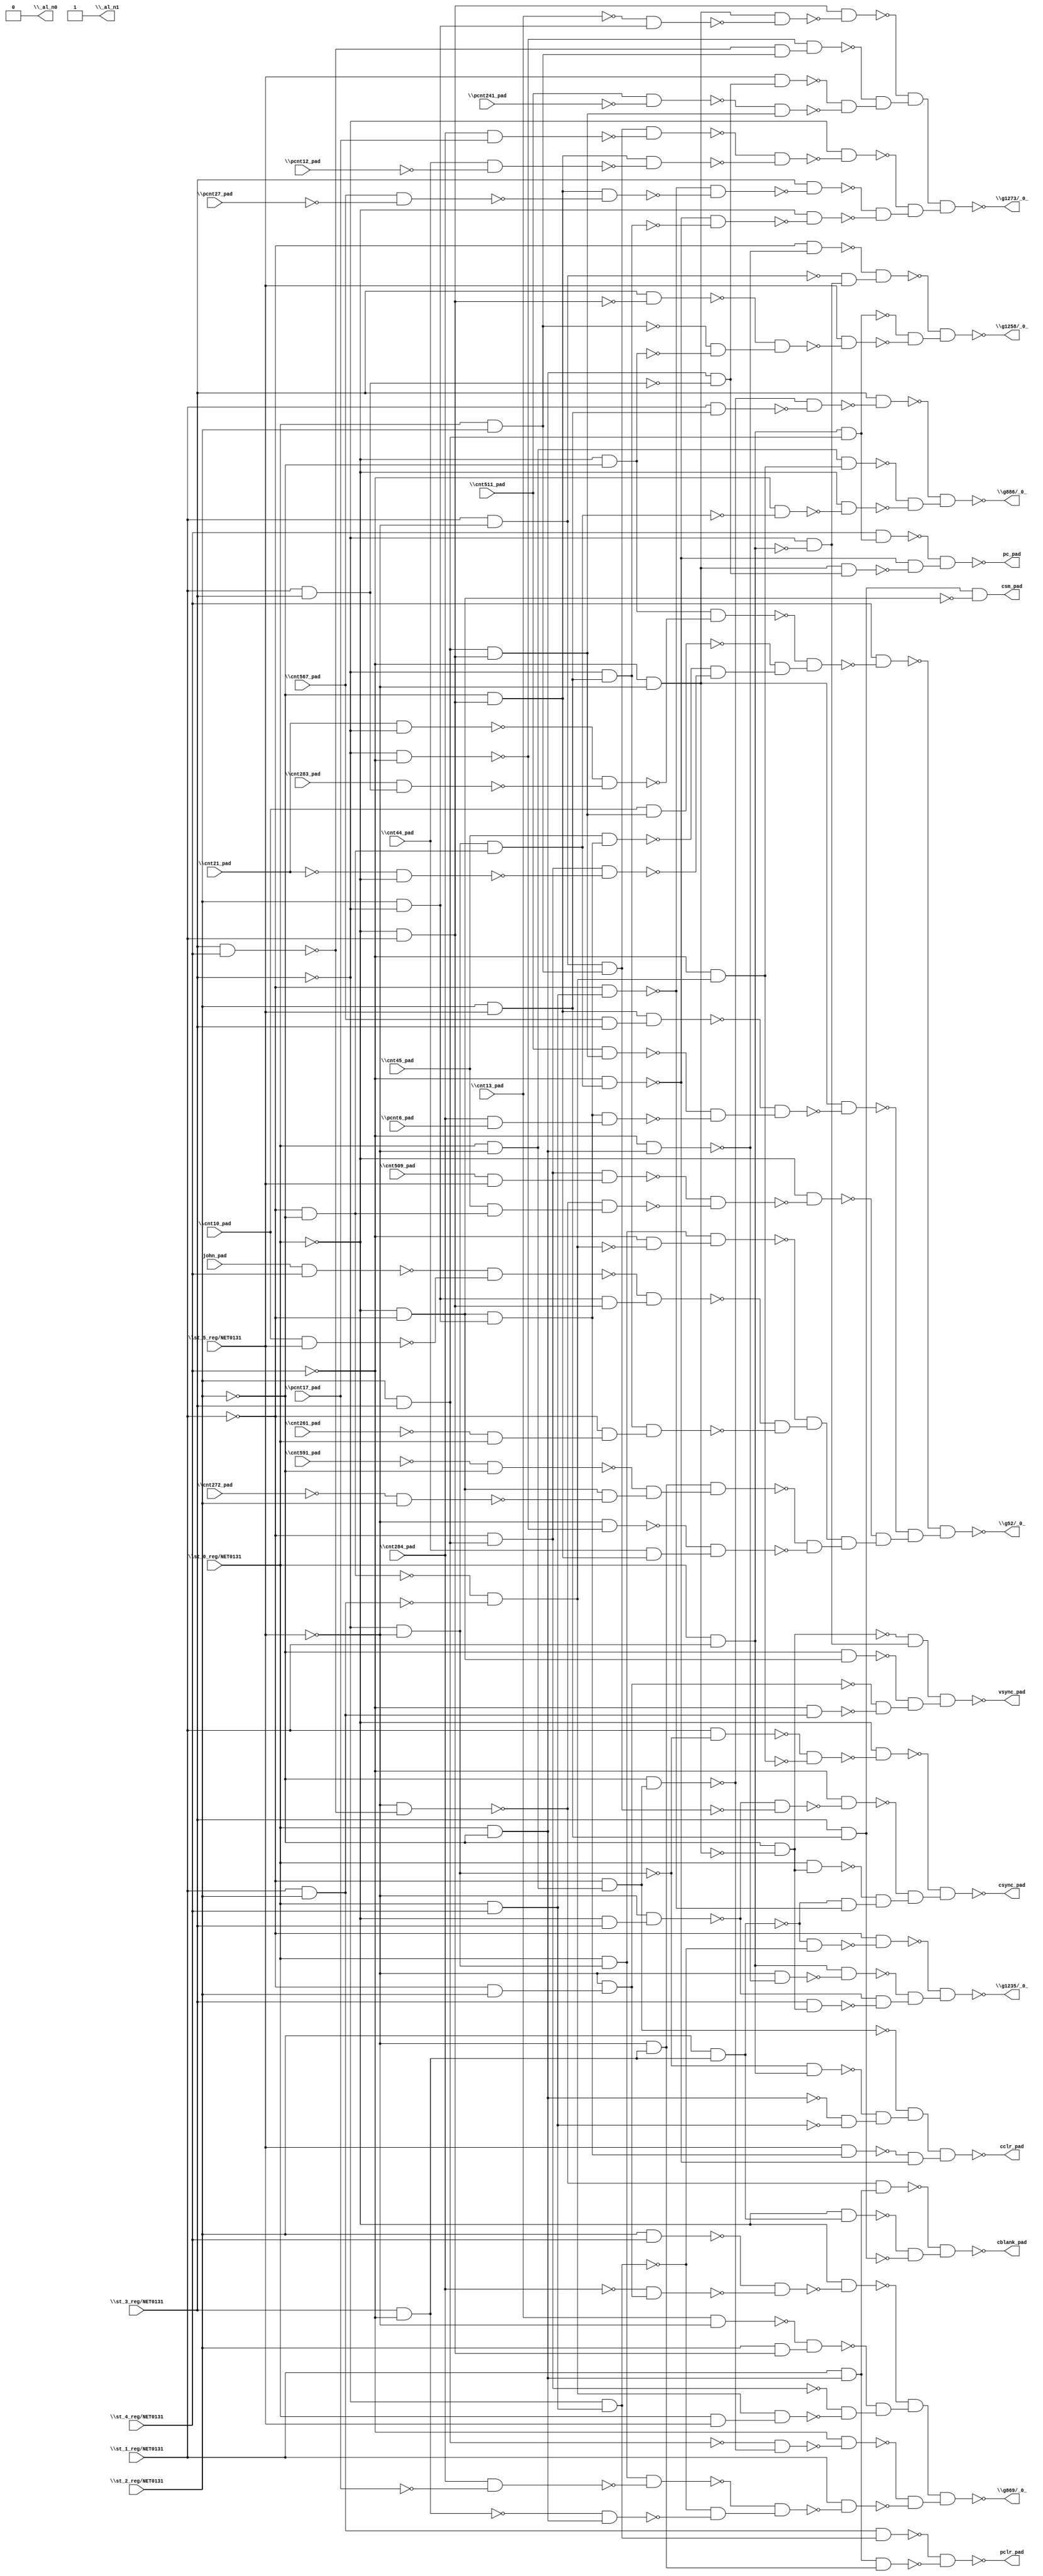
module top( \cnt10_pad  , \cnt13_pad  , \cnt21_pad  , \cnt261_pad  , \cnt272_pad  , \cnt283_pad  , \cnt284_pad  , \cnt44_pad  , \cnt45_pad  , \cnt509_pad  , \cnt511_pad  , \cnt567_pad  , \cnt591_pad  , john_pad , \pcnt12_pad  , \pcnt17_pad  , \pcnt241_pad  , \pcnt27_pad  , \pcnt6_pad  , \st_0_reg/NET0131  , \st_1_reg/NET0131  , \st_2_reg/NET0131  , \st_3_reg/NET0131  , \st_4_reg/NET0131  , \st_5_reg/NET0131  , \_al_n0  , \_al_n1  , cblank_pad , cclr_pad , csm_pad , csync_pad , \g1235/_0_  , \g1258/_0_  , \g1273/_0_  , \g52/_0_  , \g869/_0_  , \g886/_0_  , pc_pad , pclr_pad , vsync_pad );
  input \cnt10_pad  ;
  input \cnt13_pad  ;
  input \cnt21_pad  ;
  input \cnt261_pad  ;
  input \cnt272_pad  ;
  input \cnt283_pad  ;
  input \cnt284_pad  ;
  input \cnt44_pad  ;
  input \cnt45_pad  ;
  input \cnt509_pad  ;
  input \cnt511_pad  ;
  input \cnt567_pad  ;
  input \cnt591_pad  ;
  input john_pad ;
  input \pcnt12_pad  ;
  input \pcnt17_pad  ;
  input \pcnt241_pad  ;
  input \pcnt27_pad  ;
  input \pcnt6_pad  ;
  input \st_0_reg/NET0131  ;
  input \st_1_reg/NET0131  ;
  input \st_2_reg/NET0131  ;
  input \st_3_reg/NET0131  ;
  input \st_4_reg/NET0131  ;
  input \st_5_reg/NET0131  ;
  output \_al_n0  ;
  output \_al_n1  ;
  output cblank_pad ;
  output cclr_pad ;
  output csm_pad ;
  output csync_pad ;
  output \g1235/_0_  ;
  output \g1258/_0_  ;
  output \g1273/_0_  ;
  output \g52/_0_  ;
  output \g869/_0_  ;
  output \g886/_0_  ;
  output pc_pad ;
  output pclr_pad ;
  output vsync_pad ;
  wire n26 , n27 , n28 , n29 , n30 , n31 , n32 , n33 , n34 , n35 , n36 , n37 , n38 , n39 , n40 , n41 , n42 , n43 , n44 , n45 , n46 , n47 , n48 , n49 , n50 , n51 , n52 , n53 , n54 , n55 , n56 , n57 , n58 , n59 , n60 , n61 , n62 , n63 , n64 , n65 , n66 , n67 , n68 , n69 , n70 , n71 , n72 , n73 , n74 , n75 , n76 , n77 , n78 , n79 , n80 , n81 , n82 , n83 , n84 , n85 , n86 , n87 , n88 , n89 , n90 , n91 , n92 , n93 , n94 , n95 , n96 , n97 , n98 , n99 , n100 , n101 , n102 , n103 , n104 , n105 , n106 , n107 , n108 , n109 , n110 , n111 , n112 , n113 , n114 , n115 , n116 , n117 , n118 , n119 , n120 , n121 , n122 , n123 , n124 , n125 , n126 , n127 , n128 , n129 , n130 , n131 , n132 , n133 , n134 , n135 , n136 , n137 , n138 , n139 , n140 , n141 , n142 , n143 , n144 , n145 , n146 , n147 , n148 , n149 , n150 , n151 , n152 , n153 , n154 , n155 , n156 , n157 , n158 , n159 , n160 , n161 , n162 , n163 , n164 , n165 , n166 , n167 , n168 , n169 , n170 , n171 , n172 , n173 , n174 , n175 , n176 , n177 , n178 , n179 , n180 , n181 , n182 , n183 , n184 , n185 , n186 , n187 , n188 , n189 , n190 , n191 , n192 , n193 , n194 , n195 , n196 , n197 , n198 , n199 , n200 , n201 , n202 , n203 , n204 , n205 , n206 , n207 , n208 , n209 , n210 , n211 , n212 , n213 , n214 , n215 , n216 , n217 , n218 , n219 , n220 , n221 , n222 , n223 , n224 , n225 , n226 , n227 , n228 , n229 , n230 , n231 , n232 , n233 ;
  assign n29 = \st_3_reg/NET0131  & \st_4_reg/NET0131  ;
  assign n30 = ~\st_5_reg/NET0131  & ~n29 ;
  assign n31 = \st_0_reg/NET0131  & ~\st_2_reg/NET0131  ;
  assign n32 = \st_1_reg/NET0131  & n31 ;
  assign n33 = ~n30 & n32 ;
  assign n26 = \st_3_reg/NET0131  & ~\st_4_reg/NET0131  ;
  assign n27 = \st_2_reg/NET0131  & n26 ;
  assign n28 = ~\st_0_reg/NET0131  & n27 ;
  assign n34 = \st_2_reg/NET0131  & \st_5_reg/NET0131  ;
  assign n35 = \st_3_reg/NET0131  & n34 ;
  assign n36 = ~n28 & ~n35 ;
  assign n37 = ~n33 & n36 ;
  assign n48 = \st_0_reg/NET0131  & ~\st_5_reg/NET0131  ;
  assign n49 = ~\st_1_reg/NET0131  & n48 ;
  assign n42 = ~\st_3_reg/NET0131  & ~\st_5_reg/NET0131  ;
  assign n46 = \st_0_reg/NET0131  & \st_1_reg/NET0131  ;
  assign n47 = ~n42 & n46 ;
  assign n50 = \st_0_reg/NET0131  & \st_4_reg/NET0131  ;
  assign n51 = ~n31 & ~n50 ;
  assign n52 = ~n47 & n51 ;
  assign n53 = ~n49 & n52 ;
  assign n38 = ~\st_0_reg/NET0131  & ~\st_1_reg/NET0131  ;
  assign n39 = \st_2_reg/NET0131  & ~\st_3_reg/NET0131  ;
  assign n40 = n38 & n39 ;
  assign n41 = \st_5_reg/NET0131  & n40 ;
  assign n43 = ~\st_1_reg/NET0131  & ~\st_2_reg/NET0131  ;
  assign n44 = n42 & n43 ;
  assign n45 = ~\st_4_reg/NET0131  & n44 ;
  assign n54 = ~n41 & ~n45 ;
  assign n55 = n53 & n54 ;
  assign n56 = n35 & ~n38 ;
  assign n60 = \st_1_reg/NET0131  & ~n42 ;
  assign n61 = \st_1_reg/NET0131  & \st_2_reg/NET0131  ;
  assign n62 = ~n43 & ~n61 ;
  assign n63 = ~\st_4_reg/NET0131  & n62 ;
  assign n64 = ~n60 & ~n63 ;
  assign n65 = ~\st_0_reg/NET0131  & ~n64 ;
  assign n66 = ~\st_0_reg/NET0131  & \st_3_reg/NET0131  ;
  assign n67 = ~\st_5_reg/NET0131  & n66 ;
  assign n68 = \st_1_reg/NET0131  & ~\st_5_reg/NET0131  ;
  assign n69 = \st_0_reg/NET0131  & \st_2_reg/NET0131  ;
  assign n70 = n68 & n69 ;
  assign n71 = ~n67 & ~n70 ;
  assign n72 = ~\st_4_reg/NET0131  & ~n71 ;
  assign n57 = ~\st_4_reg/NET0131  & ~\st_5_reg/NET0131  ;
  assign n58 = ~\st_2_reg/NET0131  & ~n57 ;
  assign n59 = \st_0_reg/NET0131  & n58 ;
  assign n73 = ~\st_1_reg/NET0131  & n50 ;
  assign n74 = ~n27 & ~n73 ;
  assign n75 = ~n59 & n74 ;
  assign n76 = ~n72 & n75 ;
  assign n77 = ~n65 & n76 ;
  assign n82 = ~\st_3_reg/NET0131  & n50 ;
  assign n83 = ~n27 & ~n82 ;
  assign n84 = ~\st_1_reg/NET0131  & ~n83 ;
  assign n79 = ~\st_4_reg/NET0131  & n31 ;
  assign n80 = ~\st_5_reg/NET0131  & ~n79 ;
  assign n81 = n46 & ~n80 ;
  assign n78 = \st_3_reg/NET0131  & n58 ;
  assign n85 = ~n67 & ~n78 ;
  assign n86 = ~n81 & n85 ;
  assign n87 = ~n84 & n86 ;
  assign n96 = ~\st_1_reg/NET0131  & ~n79 ;
  assign n97 = ~\st_3_reg/NET0131  & ~n46 ;
  assign n98 = ~n68 & n97 ;
  assign n99 = ~n96 & n98 ;
  assign n88 = \st_2_reg/NET0131  & \st_3_reg/NET0131  ;
  assign n89 = n46 & n88 ;
  assign n90 = ~\st_0_reg/NET0131  & \st_1_reg/NET0131  ;
  assign n91 = \st_3_reg/NET0131  & ~n90 ;
  assign n92 = ~\st_0_reg/NET0131  & ~\st_2_reg/NET0131  ;
  assign n93 = ~n69 & ~n92 ;
  assign n94 = ~n91 & n93 ;
  assign n95 = \st_5_reg/NET0131  & ~n94 ;
  assign n100 = ~n89 & ~n95 ;
  assign n101 = ~n99 & n100 ;
  assign n119 = ~\cnt13_pad  & n39 ;
  assign n120 = n57 & ~n119 ;
  assign n121 = n90 & ~n120 ;
  assign n125 = ~\st_3_reg/NET0131  & ~\st_4_reg/NET0131  ;
  assign n126 = ~n29 & n69 ;
  assign n127 = ~n125 & n126 ;
  assign n102 = \st_1_reg/NET0131  & \st_3_reg/NET0131  ;
  assign n103 = n31 & ~n102 ;
  assign n104 = \st_5_reg/NET0131  & n103 ;
  assign n122 = \cnt511_pad  & ~\pcnt241_pad  ;
  assign n123 = n88 & n90 ;
  assign n124 = ~n122 & n123 ;
  assign n128 = ~n104 & ~n124 ;
  assign n129 = ~n127 & n128 ;
  assign n130 = ~n121 & n129 ;
  assign n113 = \cnt284_pad  & \pcnt17_pad  ;
  assign n114 = n70 & ~n113 ;
  assign n105 = ~\st_2_reg/NET0131  & n90 ;
  assign n115 = \cnt44_pad  & ~\pcnt12_pad  ;
  assign n116 = n105 & ~n115 ;
  assign n117 = ~n114 & ~n116 ;
  assign n118 = ~\st_3_reg/NET0131  & ~n117 ;
  assign n106 = \cnt567_pad  & ~\pcnt27_pad  ;
  assign n107 = n105 & ~n106 ;
  assign n108 = ~n73 & ~n107 ;
  assign n109 = \st_3_reg/NET0131  & ~n108 ;
  assign n110 = ~\st_3_reg/NET0131  & n34 ;
  assign n111 = ~n45 & ~n110 ;
  assign n112 = ~\st_0_reg/NET0131  & ~n111 ;
  assign n131 = ~n109 & ~n112 ;
  assign n132 = ~n118 & n131 ;
  assign n133 = n130 & n132 ;
  assign n170 = \cnt21_pad  & ~\st_3_reg/NET0131  ;
  assign n171 = \cnt283_pad  & n102 ;
  assign n172 = ~n170 & ~n171 ;
  assign n173 = n92 & ~n172 ;
  assign n176 = \cnt10_pad  & n123 ;
  assign n169 = \cnt45_pad  & n40 ;
  assign n142 = ~\st_1_reg/NET0131  & n88 ;
  assign n174 = ~\cnt21_pad  & ~\st_0_reg/NET0131  ;
  assign n175 = n142 & ~n174 ;
  assign n177 = ~n169 & ~n175 ;
  assign n178 = ~n176 & n177 ;
  assign n179 = ~n173 & n178 ;
  assign n180 = \st_4_reg/NET0131  & ~n179 ;
  assign n137 = \cnt567_pad  & \st_3_reg/NET0131  ;
  assign n138 = n105 & n137 ;
  assign n134 = \cnt511_pad  & n123 ;
  assign n135 = \cnt284_pad  & \pcnt6_pad  ;
  assign n136 = n40 & n135 ;
  assign n139 = ~n134 & ~n136 ;
  assign n140 = ~n138 & n139 ;
  assign n141 = n57 & ~n140 ;
  assign n143 = \cnt509_pad  & \st_5_reg/NET0131  ;
  assign n144 = n142 & n143 ;
  assign n145 = \cnt45_pad  & n43 ;
  assign n146 = ~n30 & n145 ;
  assign n147 = ~n144 & ~n146 ;
  assign n148 = ~\st_0_reg/NET0131  & ~n147 ;
  assign n157 = \st_0_reg/NET0131  & n42 ;
  assign n158 = ~\st_4_reg/NET0131  & ~n62 ;
  assign n159 = n157 & n158 ;
  assign n149 = john_pad & \st_4_reg/NET0131  ;
  assign n150 = \cnt10_pad  & \st_5_reg/NET0131  ;
  assign n151 = ~n149 & ~n150 ;
  assign n152 = n39 & n90 ;
  assign n153 = ~n151 & n152 ;
  assign n154 = ~\cnt261_pad  & \st_0_reg/NET0131  ;
  assign n155 = ~\st_1_reg/NET0131  & n154 ;
  assign n156 = n110 & n155 ;
  assign n181 = ~n153 & ~n156 ;
  assign n182 = ~n159 & n181 ;
  assign n161 = ~\st_5_reg/NET0131  & n26 ;
  assign n162 = ~\cnt591_pad  & ~\st_2_reg/NET0131  ;
  assign n160 = ~\cnt272_pad  & \st_2_reg/NET0131  ;
  assign n163 = n38 & ~n160 ;
  assign n164 = ~n162 & n163 ;
  assign n165 = n161 & n164 ;
  assign n166 = ~\st_5_reg/NET0131  & ~n125 ;
  assign n167 = \cnt44_pad  & n105 ;
  assign n168 = ~n166 & n167 ;
  assign n183 = ~n165 & ~n168 ;
  assign n184 = n182 & n183 ;
  assign n185 = ~n148 & n184 ;
  assign n186 = ~n141 & n185 ;
  assign n187 = ~n180 & n186 ;
  assign n188 = \st_2_reg/NET0131  & \st_4_reg/NET0131  ;
  assign n189 = ~\st_1_reg/NET0131  & \st_2_reg/NET0131  ;
  assign n190 = ~\st_5_reg/NET0131  & n189 ;
  assign n191 = ~\cnt284_pad  & n190 ;
  assign n192 = ~n188 & ~n191 ;
  assign n193 = ~\st_0_reg/NET0131  & ~n192 ;
  assign n199 = \cnt13_pad  & ~\st_5_reg/NET0131  ;
  assign n200 = \st_2_reg/NET0131  & n90 ;
  assign n201 = ~n199 & n200 ;
  assign n197 = \st_0_reg/NET0131  & \st_5_reg/NET0131  ;
  assign n198 = n62 & n197 ;
  assign n208 = ~n142 & ~n198 ;
  assign n209 = ~n201 & n208 ;
  assign n210 = ~n193 & n209 ;
  assign n194 = ~\st_2_reg/NET0131  & n49 ;
  assign n195 = ~n88 & ~n194 ;
  assign n196 = ~\st_4_reg/NET0131  & ~n195 ;
  assign n202 = \cnt284_pad  & ~\pcnt17_pad  ;
  assign n203 = n157 & ~n202 ;
  assign n204 = ~n26 & n31 ;
  assign n205 = ~n82 & ~n204 ;
  assign n206 = ~n203 & n205 ;
  assign n207 = \st_1_reg/NET0131  & ~n206 ;
  assign n211 = ~n196 & ~n207 ;
  assign n212 = n210 & n211 ;
  assign n216 = \st_1_reg/NET0131  & n34 ;
  assign n217 = ~n194 & ~n216 ;
  assign n218 = \st_3_reg/NET0131  & ~n217 ;
  assign n213 = n48 & n63 ;
  assign n214 = ~\st_4_reg/NET0131  & ~n44 ;
  assign n215 = ~\st_0_reg/NET0131  & ~n214 ;
  assign n219 = ~n213 & ~n215 ;
  assign n220 = ~n218 & n219 ;
  assign n222 = \st_4_reg/NET0131  & n89 ;
  assign n221 = n57 & n103 ;
  assign n223 = ~n45 & ~n221 ;
  assign n224 = ~n222 & n223 ;
  assign n225 = n61 & n82 ;
  assign n226 = n32 & n161 ;
  assign n227 = ~n225 & ~n226 ;
  assign n230 = ~n58 & n97 ;
  assign n229 = ~\st_2_reg/NET0131  & n38 ;
  assign n228 = ~\st_4_reg/NET0131  & n61 ;
  assign n231 = ~n190 & ~n228 ;
  assign n232 = ~n229 & n231 ;
  assign n233 = n230 & n232 ;
  assign \_al_n0  = 1'b0 ;
  assign \_al_n1  = ~1'b0 ;
  assign cblank_pad = ~n37 ;
  assign cclr_pad = ~n55 ;
  assign csm_pad = n56 ;
  assign csync_pad = ~n77 ;
  assign \g1235/_0_  = ~n87 ;
  assign \g1258/_0_  = ~n101 ;
  assign \g1273/_0_  = ~n133 ;
  assign \g52/_0_  = ~n187 ;
  assign \g869/_0_  = ~n212 ;
  assign \g886/_0_  = ~n220 ;
  assign pc_pad = ~n224 ;
  assign pclr_pad = ~n227 ;
  assign vsync_pad = ~n233 ;
endmodule